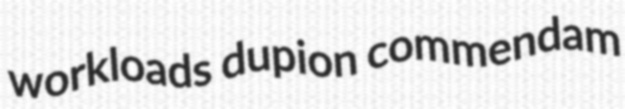
workloads dupion commendam